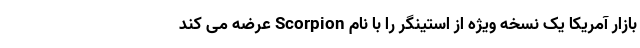
بازار آمریکا یک نسخه ویژه از استینگر را با نام Scorpion عرضه می کند